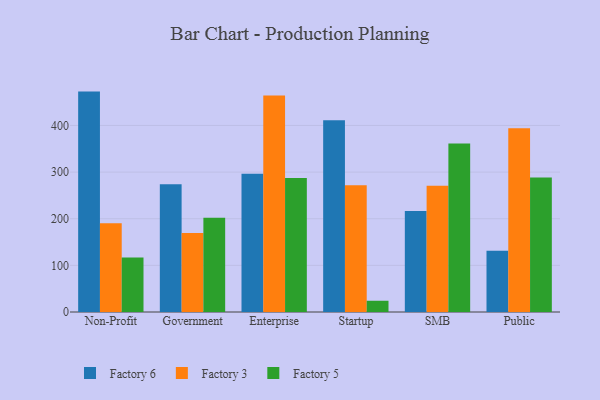
{"axis": {"x": "Segment", "y": "Production Output"}, "legend": ["Factory 3", "Factory 5", "Factory 6"], "data": [{"x": "Non-Profit", "y": 472.6, "type": "Factory 6"}, {"x": "Non-Profit", "y": 190.1, "type": "Factory 3"}, {"x": "Non-Profit", "y": 116.9, "type": "Factory 5"}, {"x": "Government", "y": 274.1, "type": "Factory 6"}, {"x": "Government", "y": 169.3, "type": "Factory 3"}, {"x": "Government", "y": 202.3, "type": "Factory 5"}, {"x": "Enterprise", "y": 296.3, "type": "Factory 6"}, {"x": "Enterprise", "y": 464.3, "type": "Factory 3"}, {"x": "Enterprise", "y": 287.3, "type": "Factory 5"}, {"x": "Startup", "y": 411.4, "type": "Factory 6"}, {"x": "Startup", "y": 271.7, "type": "Factory 3"}, {"x": "Startup", "y": 24.1, "type": "Factory 5"}, {"x": "SMB", "y": 216.5, "type": "Factory 6"}, {"x": "SMB", "y": 270.8, "type": "Factory 3"}, {"x": "SMB", "y": 361.5, "type": "Factory 5"}, {"x": "Public", "y": 131.2, "type": "Factory 6"}, {"x": "Public", "y": 393.8, "type": "Factory 3"}, {"x": "Public", "y": 288.4, "type": "Factory 5"}]}